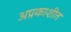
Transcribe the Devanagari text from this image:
अप्रकाशीत